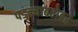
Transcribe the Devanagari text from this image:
पडल्याबरोबर